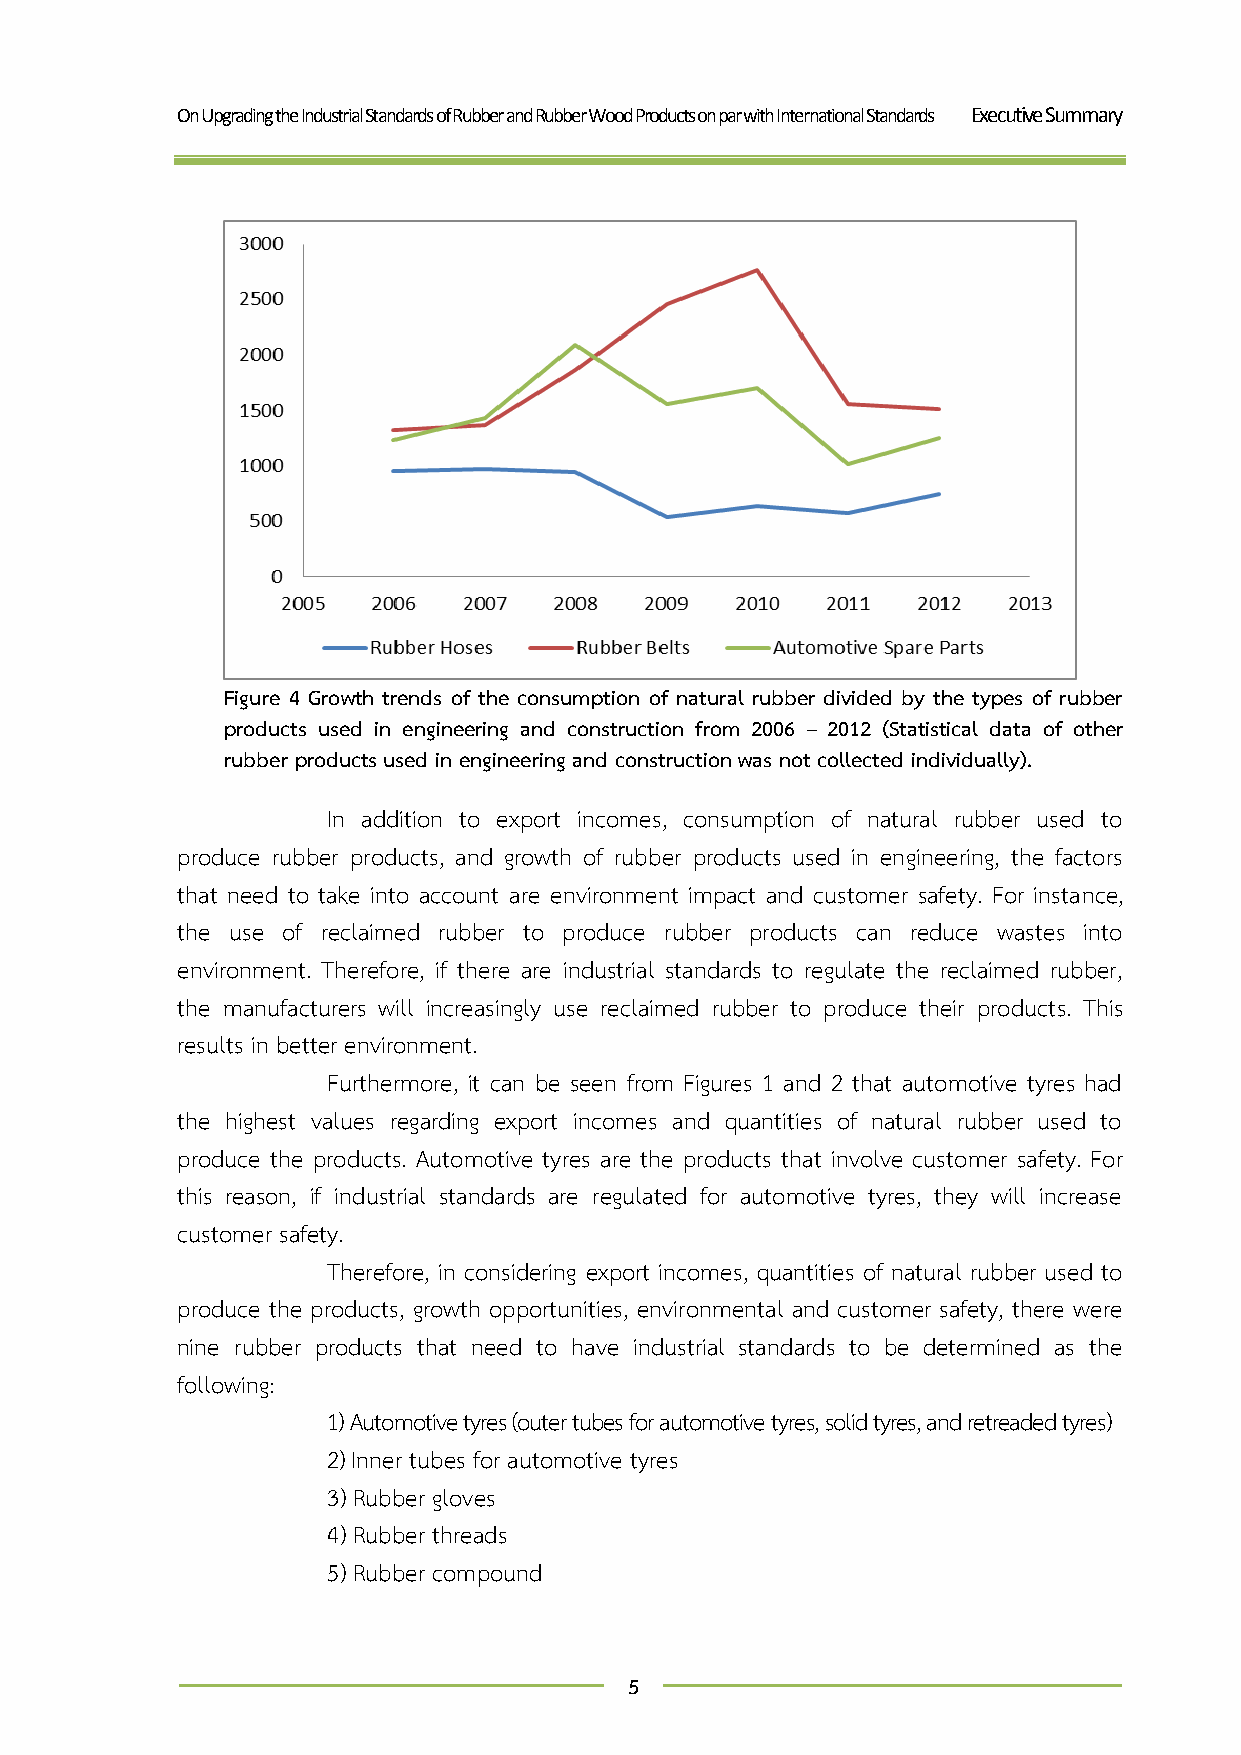
On Upgrading the Industrial Standards of Rubber and Rubber Wood Products on par with International Standards Executive Summary
 Figure 4 Growth trends of the consumption of natural rubber divided by the types of rubber
 products used in engineering and construction from 2006 – 2012 (Statistical data of other
 rubber products used in engineering and construction was not collected individually).
 In addition to export incomes, consumption of natural rubber used to
 produce rubber products, and growth of rubber products used in engineering, the factors
 that need to take into account are environment impact and customer safety. For instance,
 the use of reclaimed rubber to produce rubber products can reduce wastes into
 environment. Therefore, if there are industrial standards to regulate the reclaimed rubber,
 the manufacturers will increasingly use reclaimed rubber to produce their products. This
 results in better environment.
 Furthermore, it can be seen from Figures 1 and 2 that automotive tyres had
 the highest values regarding export incomes and quantities of natural rubber used to
 produce the products. Automotive tyres are the products that involve customer safety. For
 this reason, if industrial standards are regulated for automotive tyres, they will increase
 customer safety.
 Therefore, in considering export incomes, quantities of natural rubber used to
 produce the products, growth opportunities, environmental and customer safety, there were
 nine rubber products that need to have industrial standards to be determined as the
 following:
 1) Automotive tyres (outer tubes for automotive tyres, solid tyres, and retreaded tyres)
 2) Inner tubes for automotive tyres
 3) Rubber gloves
 4) Rubber threads
 5) Rubber compound
 5